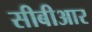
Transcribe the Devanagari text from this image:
सीबीआर